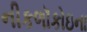
નીકળૉકોઇના